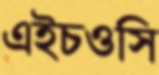
এইচওসি